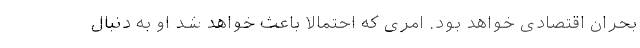
بحران اقتصادی خواهد بود. امری که احتمالا باعث خواهد شد او به دنبال